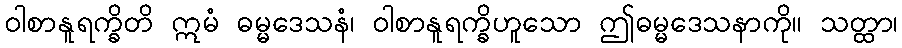
ဝါစာနူရက္ခိတိ ဣမံ ဓမ္မဒေသနံ၊ ဝါစာနူရက္ခိဟူသော ဤဓမ္မဒေသနာကို။ သတ္ထာ၊